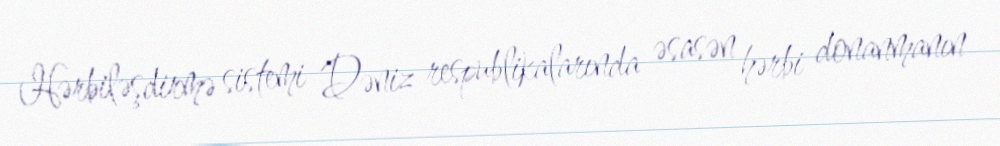
Hərbiləşdirmə sistemi Dəniz respublikalarında əsasən hərbi donanmanın